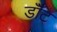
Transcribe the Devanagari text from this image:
डॉँट